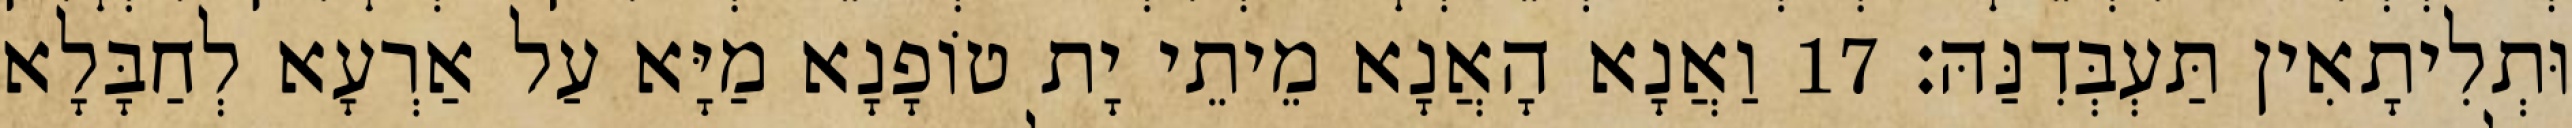
וּתְלִיתָאִין תַּעְבְּדִנַּהּ׃ 17 וַאֲנָא הָאֲנָא מֵיתֵי יָת טוֹפָנָא מַיָּא עַל אַרְעָא לְחַבָּלָא